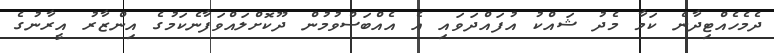
ދެމެހެއްޓިދާނެ ކަމާ މެދު ޝައްކު އުފައްދަވައި އެ އެއްބަސްވުމުން ދޫކޮށްލައްވަފާނެކަމުގެ އިންޒާރު އީރާނުގެ